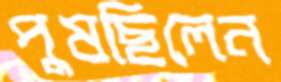
পুষছিলেন